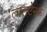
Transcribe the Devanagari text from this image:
लालटेनक